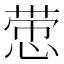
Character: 𰑵